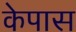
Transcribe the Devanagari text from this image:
केपास